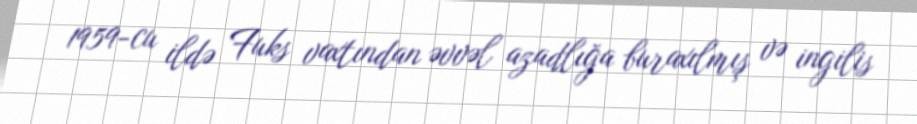
1959-cu ildə Fuks vaxtından əvvəl azadlığa buraxılmış və ingilis